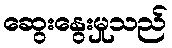
ဆွေးနွေးမှုသည်